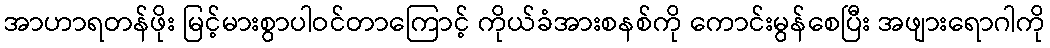
အာဟာရတန်ဖိုး မြင့်မားစွာပါဝင်တာကြောင့် ကိုယ်ခံအားစနစ်ကို ကောင်းမွန်စေပြီး အဖျားရောဂါကို